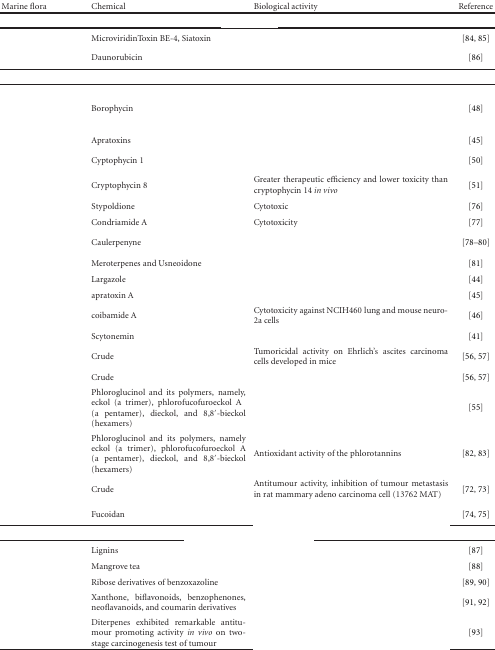
<table><thead><tr><td><b>Marine flora</b></td><td><b>Chemical</b></td><td><b>Biological activity</b></td><td><b>Reference</b></td></tr></thead><tbody><tr><td colspan="4">[EMPTY_CELL]</td></tr><tr><td>[EMPTY_CELL]</td><td>MicroviridinToxin BE-4, Siatoxin</td><td>[EMPTY_CELL]</td><td>[84, 85]</td></tr><tr><td>[EMPTY_CELL]</td><td>Daunorubicin</td><td>[EMPTY_CELL]</td><td>[86]</td></tr><tr><td colspan="4">[EMPTY_CELL]</td></tr><tr><td>[EMPTY_CELL]</td><td>Borophycin</td><td>[EMPTY_CELL]</td><td>[48]</td></tr><tr><td>[EMPTY_CELL]</td><td>Apratoxins</td><td>[EMPTY_CELL]</td><td>[45]</td></tr><tr><td>[EMPTY_CELL]</td><td>Cyptophycin 1</td><td>[EMPTY_CELL]</td><td>[50]</td></tr><tr><td>[EMPTY_CELL]</td><td>Cryptophycin 8</td><td>Greater therapeutic efficiency and lower toxicity than cryptophycin 14 <i>in vivo </i></td><td>[51]</td></tr><tr><td>[EMPTY_CELL]</td><td>Stypoldione</td><td>Cytotoxic</td><td>[76]</td></tr><tr><td>[EMPTY_CELL]</td><td>Condriamide A</td><td>Cytotoxicity</td><td>[77]</td></tr><tr><td>[EMPTY_CELL]</td><td>Caulerpenyne</td><td>[EMPTY_CELL]</td><td>[78–80]</td></tr><tr><td>[EMPTY_CELL]</td><td>Meroterpenes and Usneoidone</td><td>[EMPTY_CELL]</td><td>[81]</td></tr><tr><td>[EMPTY_CELL]</td><td>Largazole</td><td>[EMPTY_CELL]</td><td>[44]</td></tr><tr><td>[EMPTY_CELL]</td><td>apratoxin A</td><td>[EMPTY_CELL]</td><td>[45]</td></tr><tr><td>[EMPTY_CELL]</td><td>coibamide A</td><td>Cytotoxicity against NCIH460 lung and mouse neuro-2a cells</td><td>[46]</td></tr><tr><td>[EMPTY_CELL]</td><td>Scytonemin</td><td>[EMPTY_CELL]</td><td>[41]</td></tr><tr><td>[EMPTY_CELL]</td><td>Crude</td><td>Tumoricidal activity on Ehrlich's ascites carcinoma cells developed in mice</td><td>[56, 57]</td></tr><tr><td>[EMPTY_CELL]</td><td>Crude</td><td>[EMPTY_CELL]</td><td>[56, 57]</td></tr><tr><td>[EMPTY_CELL]</td><td>Phloroglucinol and its polymers, namely, eckol (a trimer), phlorofucofuroeckol A (a pentamer), dieckol, and 8,8′-bieckol (hexamers)</td><td>[EMPTY_CELL]</td><td>[55]</td></tr><tr><td>[EMPTY_CELL]</td><td>Phloroglucinol and its polymers, namely eckol (a trimer), phlorofucofuroeckol A (a pentamer), dieckol, and 8,8′-bieckol (hexamers)</td><td>Antioxidant activity of the phlorotannins</td><td>[82, 83]</td></tr><tr><td>[EMPTY_CELL]</td><td>Crude</td><td>Antitumour activity, inhibition of tumour metastasis in rat mammary adeno carcinoma cell (13762 MAT)</td><td>[72, 73]</td></tr><tr><td>[EMPTY_CELL]</td><td>Fucoidan</td><td>[EMPTY_CELL]</td><td>[74, 75]</td></tr><tr><td colspan="4">[EMPTY_CELL]</td></tr><tr><td>[EMPTY_CELL]</td><td>Lignins</td><td>[EMPTY_CELL]</td><td>[87]</td></tr><tr><td>[EMPTY_CELL]</td><td>Mangrove tea</td><td>[EMPTY_CELL]</td><td>[88]</td></tr><tr><td>[EMPTY_CELL]</td><td>Ribose derivatives of benzoxazoline</td><td>[EMPTY_CELL]</td><td>[89, 90]</td></tr><tr><td>[EMPTY_CELL]</td><td>Xanthone, biflavonoids, benzophenones, neoflavanoids, and coumarin derivatives </td><td>[EMPTY_CELL]</td><td>[91, 92]</td></tr><tr><td>[EMPTY_CELL]</td><td>Diterpenes exhibited remarkable antitumour promoting activity <i>in vivo</i> on two-stage carcinogenesis test of tumour</td><td>[EMPTY_CELL]</td><td>[93]</td></tr></tbody></table>